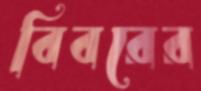
বিবরের